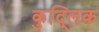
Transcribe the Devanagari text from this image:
कुद्लिक